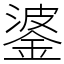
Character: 錃